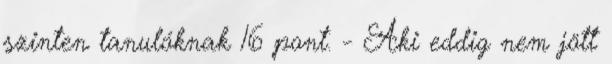
szinten tanulóknak 16 pont. - Aki eddig nem jött